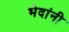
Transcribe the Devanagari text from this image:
भेदांनी